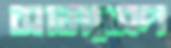
সামসেদ